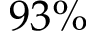
9 3 \%